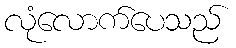
လုံလောက်ပေသည်